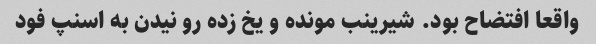
واقعا افتضاح بود. شیرینب مونده و یخ زده رو نیدن به اسنپ فود